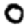
Digit: 0